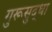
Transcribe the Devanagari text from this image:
गुरूसुद्धा